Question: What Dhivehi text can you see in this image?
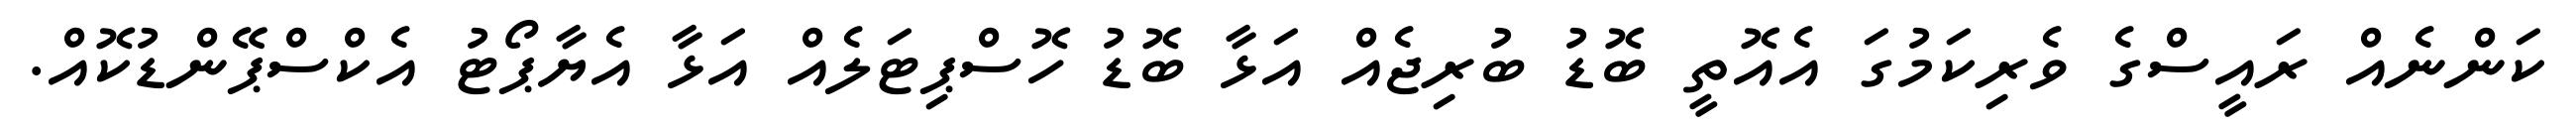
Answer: ކަންނެއް ރައީސްގެ ވެރިކަމުގަ އެއޮތީ ބޮޑު ބުރިޖެއް އަޅާ ބޮޑު ހޮސްޕިޓަލެއް އަޅާ އެޔާޕޯޓު އެކްސްޕޭންޑުކޮއް.